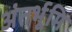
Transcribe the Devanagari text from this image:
अंतर्भूमि